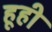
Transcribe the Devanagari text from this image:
हूही